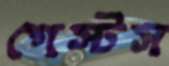
গেস্টস